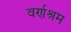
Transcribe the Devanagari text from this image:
वर्णश्रम